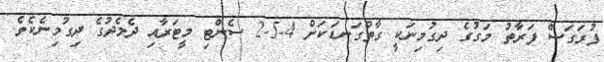
ފުރަގަސް ފަރާތު މަގުގެ ދިގުމިނަކީ ގާތްގަނޑަކަށް 4-2.5 ސެންޓި މީޓަރާއި ދެމެދުގެ ދިގުމިނެކެވެ.